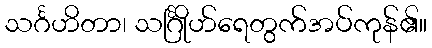
သင်္ဂဟိတာ၊ သင်္ဂြိုဟ်ရေတွက်အပ်ကုန်၏။